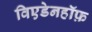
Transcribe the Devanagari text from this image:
विएडेनहॉफ़